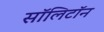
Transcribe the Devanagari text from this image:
सॉलिटॉन